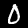
Digit: 0